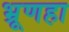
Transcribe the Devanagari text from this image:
भ्रूणहा